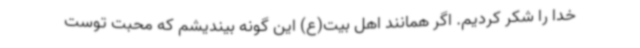
خدا را شکر کردیم. اگر همانند اهل بیت(ع) این گونه بیندیشم که محبت توست